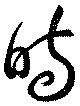
時